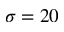
\sigma = 2 0